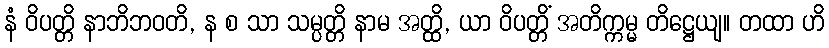
နံ ဝိပတ္တိ နာဘိဘဝတိ, န စ သာ သမ္ပတ္တိ နာမ အတ္ထိ, ယာ ဝိပတ္တိံ အတိက္ကမ္မ တိဋ္ဌေယျ။ တထာ ဟိ